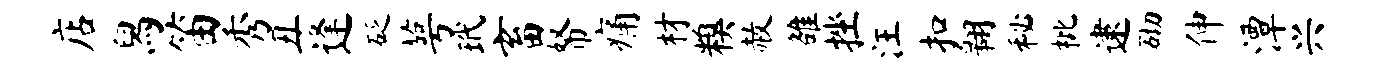
店舄笛秀丑逢砭萼玳畜帑痛材糗赦雒挫汪扣翱秘枇逮砌伸潭兴